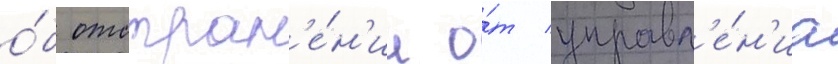
о́б отстран'е́н'ии о́т управл'е́н'иа